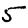
Digit: 5